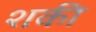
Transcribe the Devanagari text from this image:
शकी